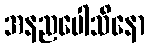
အနညပေါသိနော